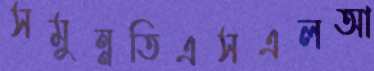
সমুন্নতিএসএলআ